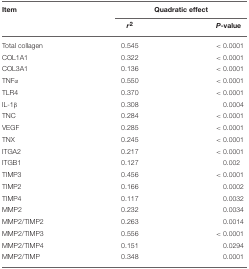
| Item | <COLSPAN=2> Quadratic effect |
 |  | r2 | P-value |
 | --- | --- | --- |
 | Total collagen | 0.545 | < 0.0001 |
 | COL1A1 | 0.322 | < 0.0001 |
 | COL3A1 | 0.136 | < 0.0001 |
 | TNFα | 0.550 | < 0.0001 |
 | TLR4 | 0.370 | < 0.0001 |
 | IL-1β | 0.308 | 0.0004 |
 | TNC | 0.284 | < 0.0001 |
 | VEGF | 0.285 | < 0.0001 |
 | TNX | 0.245 | < 0.0001 |
 | ITGA2 | 0.217 | < 0.0001 |
 | ITGB1 | 0.127 | 0.002 |
 | TIMP3 | 0.456 | < 0.0001 |
 | TIMP2 | 0.166 | 0.0002 |
 | TIMP4 | 0.117 | 0.0032 |
 | MMP2 | 0.232 | 0.0034 |
 | MMP2/TIMP2 | 0.263 | 0.0014 |
 | MMP2/TIMP3 | 0.556 | < 0.0001 |
 | MMP2/TIMP4 | 0.151 | 0.0294 |
 | MMP2/TIMP | 0.348 | 0.0001 |